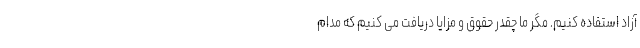
آزاد استفاده کنیم. مگر ما چقدر حقوق و مزایا دریافت می کنیم که مدام